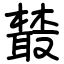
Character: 樷